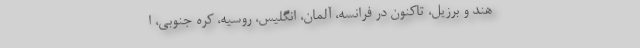
هند و برزیل، تاکنون در فرانسه، آلمان، انگلیس، روسیه، کره جنوبی، ا